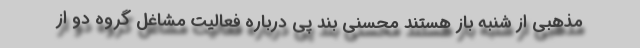
مذهبی از شنبه باز هستند محسنی بند پی درباره فعالیت مشاغل گروه دو از